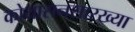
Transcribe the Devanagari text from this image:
कोयासनसारख्या